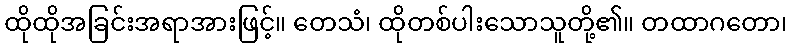
ထိုထိုအခြင်းအရာအားဖြင့်။ တေသံ၊ ထိုတစ်ပါးသောသူတို့၏။ တထာဂတော၊